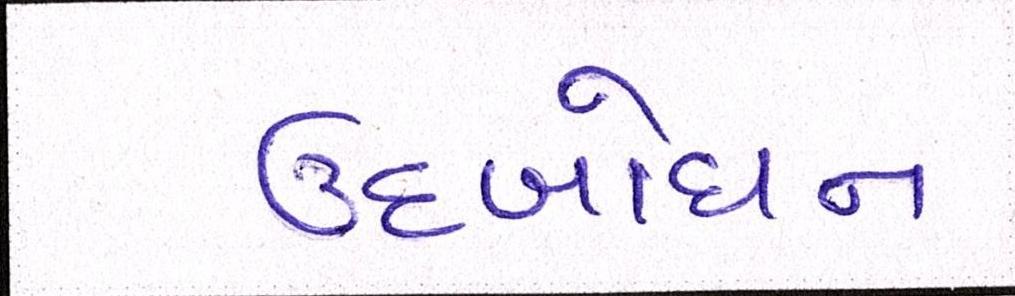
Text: ઉદબોધન